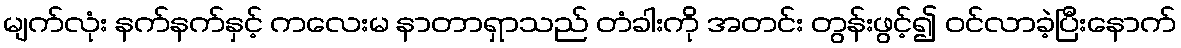
မျက်လုံး နက်နက်နှင့် ကလေးမ နာတာရှာသည် တံခါးကို အတင်း တွန်းဖွင့်၍ ဝင်လာခဲ့ပြီးနောက်